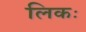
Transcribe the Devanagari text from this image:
लिकः